Trukikaitis_Postimees, lk 5
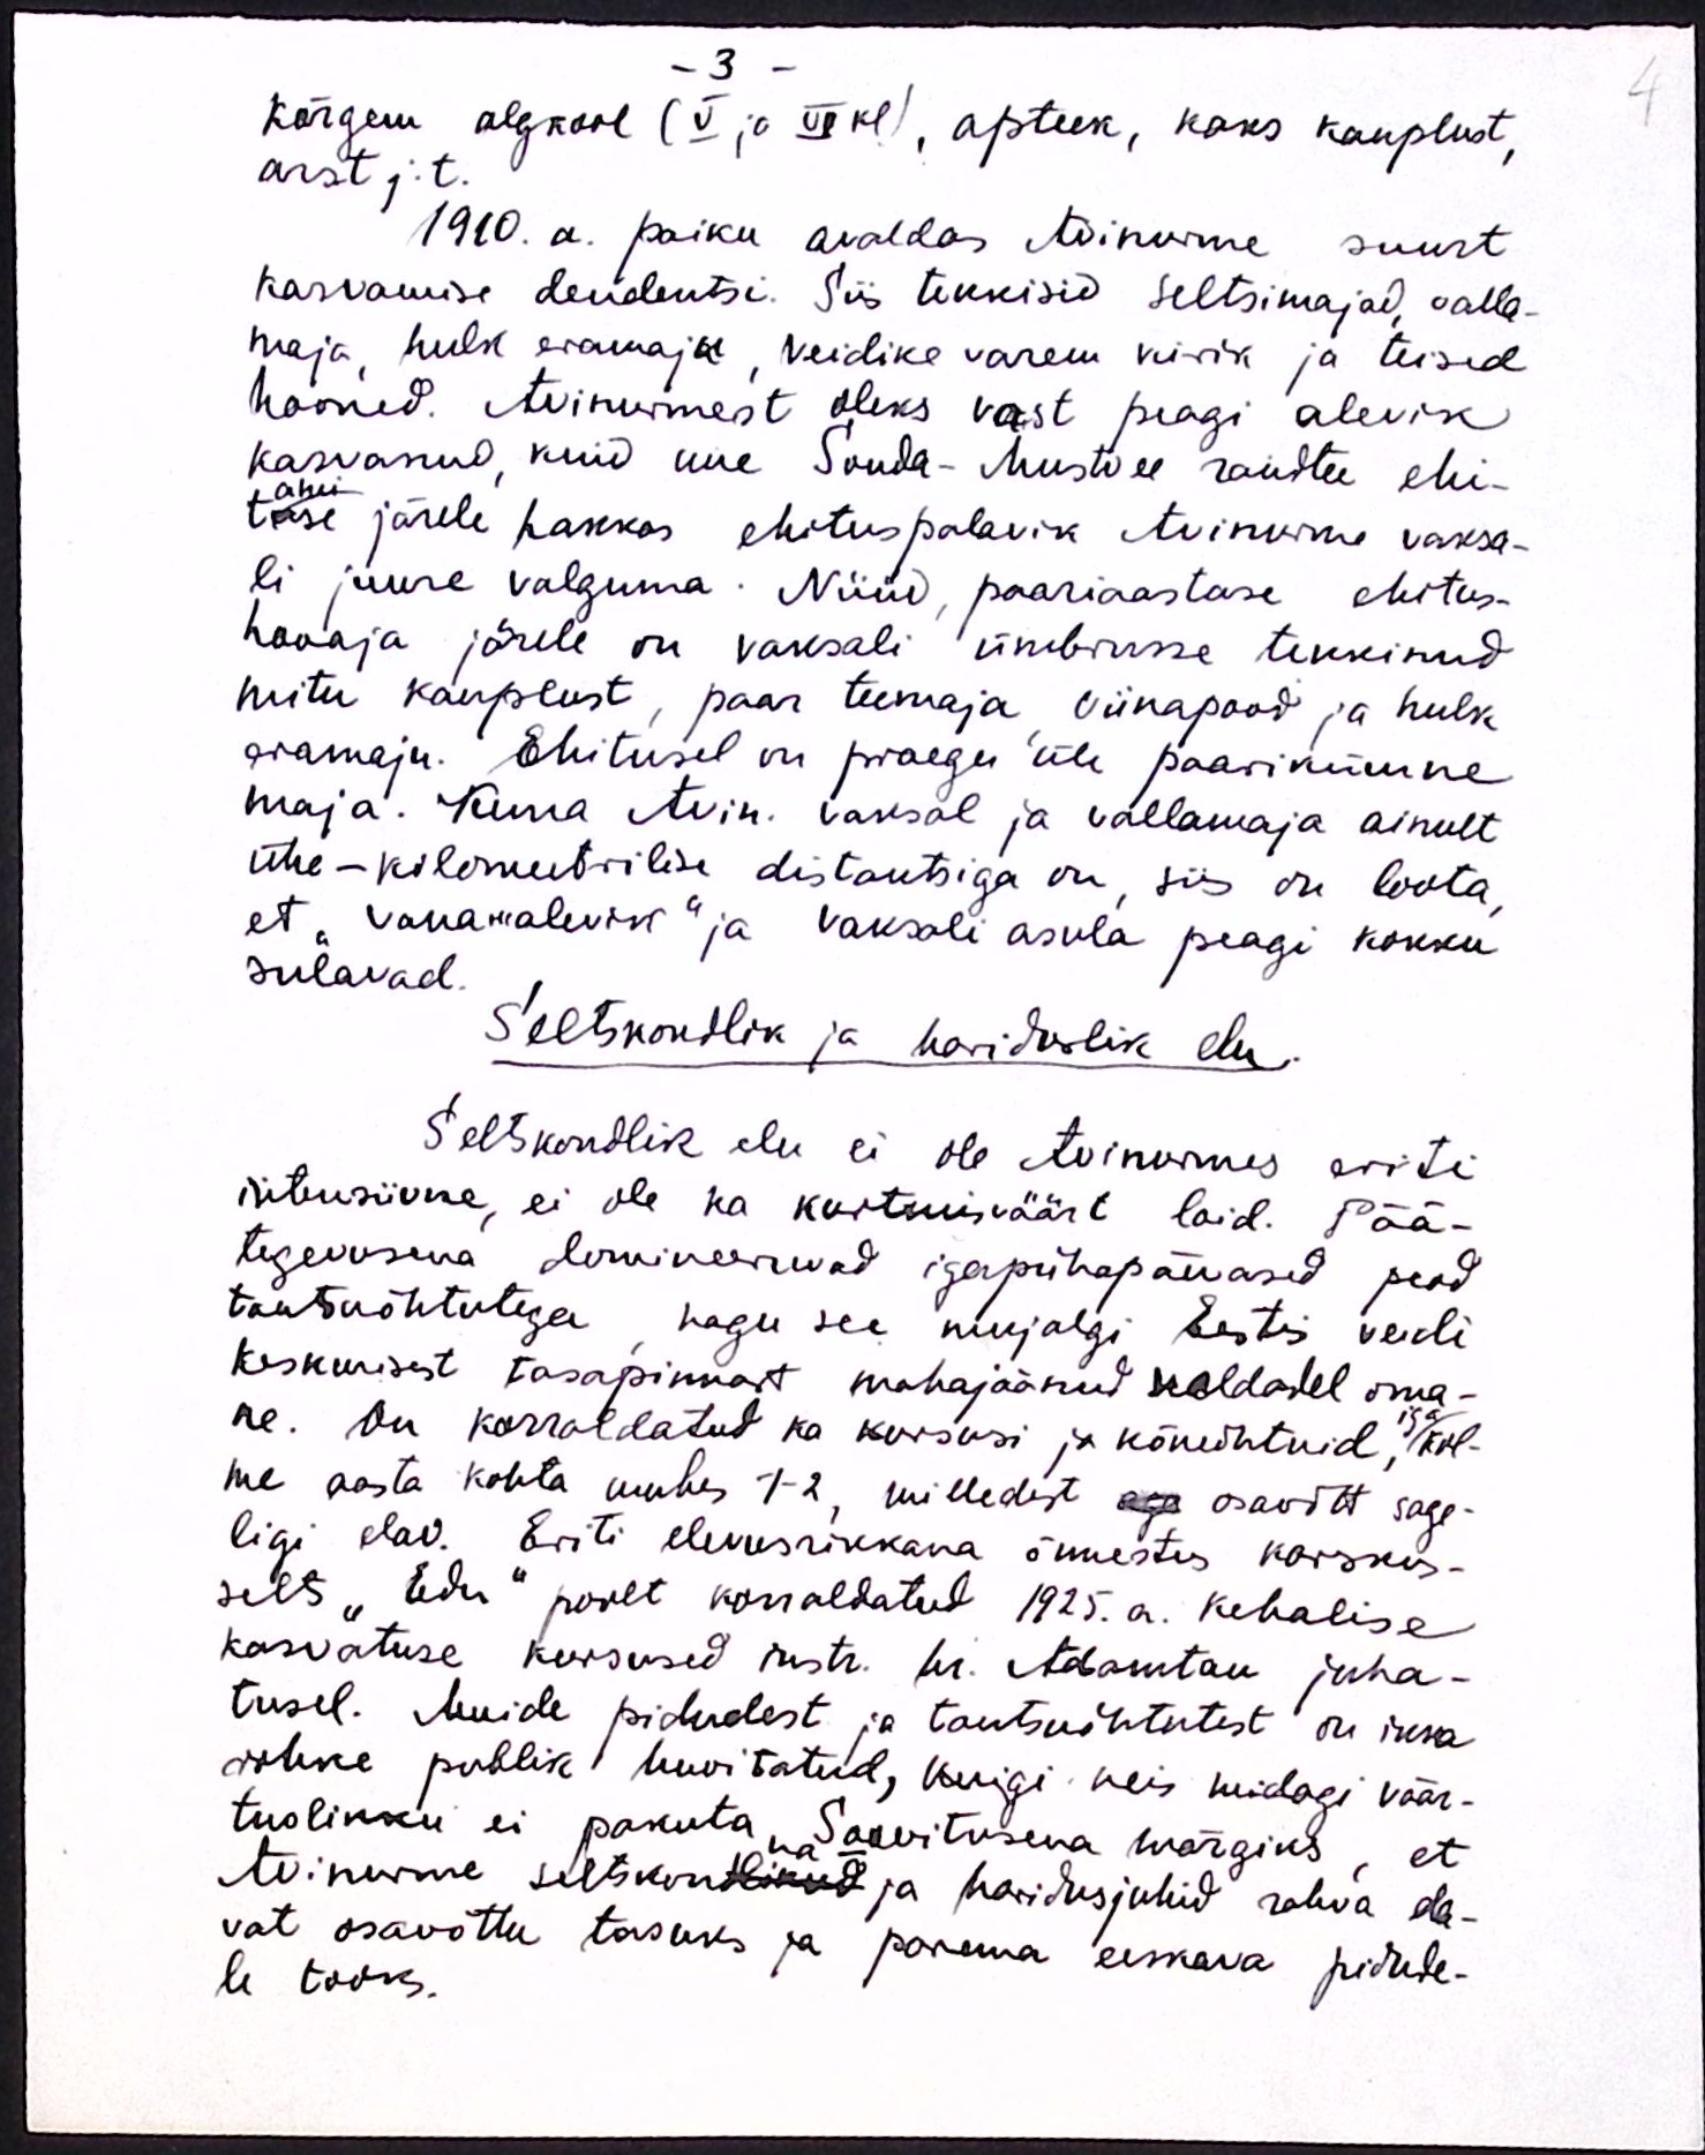
Kõrgem algkool (V ja Vikl), apteek, kaks kauplust,
arst j.t.
1910. a. paiku avaldas Avinurme suurt
kasvamise dendentsi. Siis tekkisid Seltsimajad, valla-
maja, hulk eramaju, veidike varem kirik ja teised
hooned. Avinumest oleks vast peagi alevik
kasvanud, kuid uue Sonda-Mustvee raudtee ehi-
ami
tuse järele hakkas ehituspalavik Avinurme vaksa-
li juure valguma. Nüüd, paariaastase ehitus-
hooaja järele on vaksali ümbrusse tekkinud
mitu kauplust, paar teemaja viinapood ja hulk
eramaju. Ehitusel on praegu üle paarikümne
maja. Kuna Avin. vaksal ja vallamaja ainult
ühe-kilomeetrilise distantsiga on, siis on loota
et, vana"alevik" ja vaksali asula peagi kokku
sulavad.
Seltskondlik ja hariduslik elu.
Seltskondlik elu ei ole Avinurmes eriti
intensiivne, ei ole ka kurtmisväärt loid. Pää-
tegevusena domineerwad igapühapäevased peod
tantsuõhtutega nagu see mujalgi Eestis veidi
keskmisest tasapinnast mahajäänud valdadel oma-
ne. On korraldatud ka kursusi ja kõneõhtuid, kol-
me aasta kohta umbes 1-2, milledest aga osavõtt sage-
ligi elav. Eriti elevusrikkana õnnestus karskus-
selts "Edu" poolt korraldatud 1925.a. kehalise
kasvatuse kursused ustr. hr. Adamtan juha-
tusel. Muide pidudest ja tantsuõhtutest on ikka
rohke publik huvitatud, kuigi neis midagi väär-
tuslikku ei pakuta. Soovitusena märgiks, et
na-
Avinurme seltskondlikud ja haridusjuhid rahva ela-
vat osavõttu tasuks ja parema eeskava pidude-
le tooks.